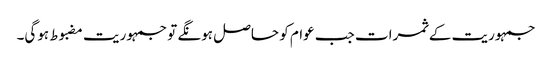
جمہوریت کے ثمرات جب عوام کو حاصل ہونگے تو جمہوریت مضبوط ہوگی۔